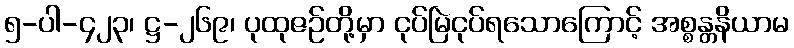
၅-ပါ-၄၂၃၊ ဋ္ဌ-၂၆၉၊ ပုထုဇဉ်တို့မှာ ငုပ်မြဲငုပ်ရသောကြောင့် အစ္စန္တနိယာမ